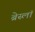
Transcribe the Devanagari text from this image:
ब्रेस्लॉ